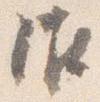
作